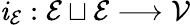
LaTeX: \mathit{i}_{\mathcal{{E}}}:\mathcal{{E}}\sqcup\mathcal{{E}}\longrightarrow\mathcal{{V}}